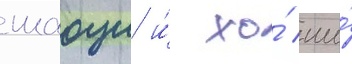
шаоци и́ хо́ ши́